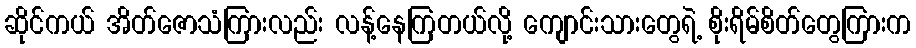
ဆိုင်ကယ် အိတ်ဇောသံကြားလည်း လန့်နေကြတယ်လို့ ကျောင်းသားတွေရဲ့ စိုးရိမ်စိတ်တွေကြားက